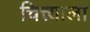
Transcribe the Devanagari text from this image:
चित्त्याला